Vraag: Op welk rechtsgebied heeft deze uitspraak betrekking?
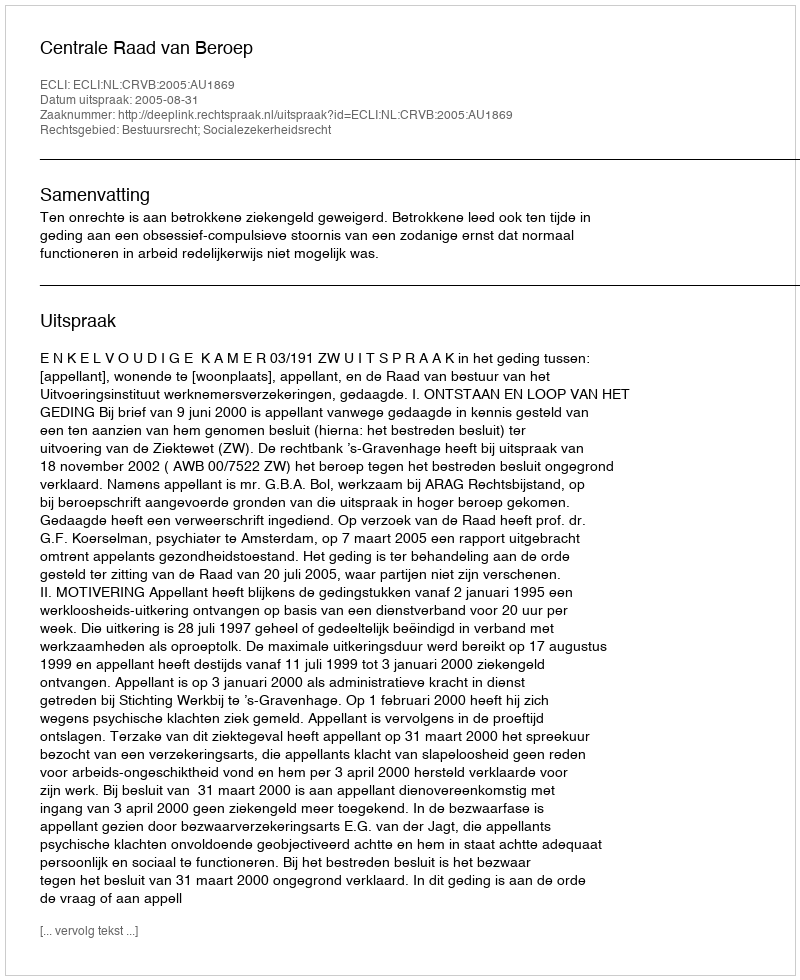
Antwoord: Bestuursrecht; Socialezekerheidsrecht